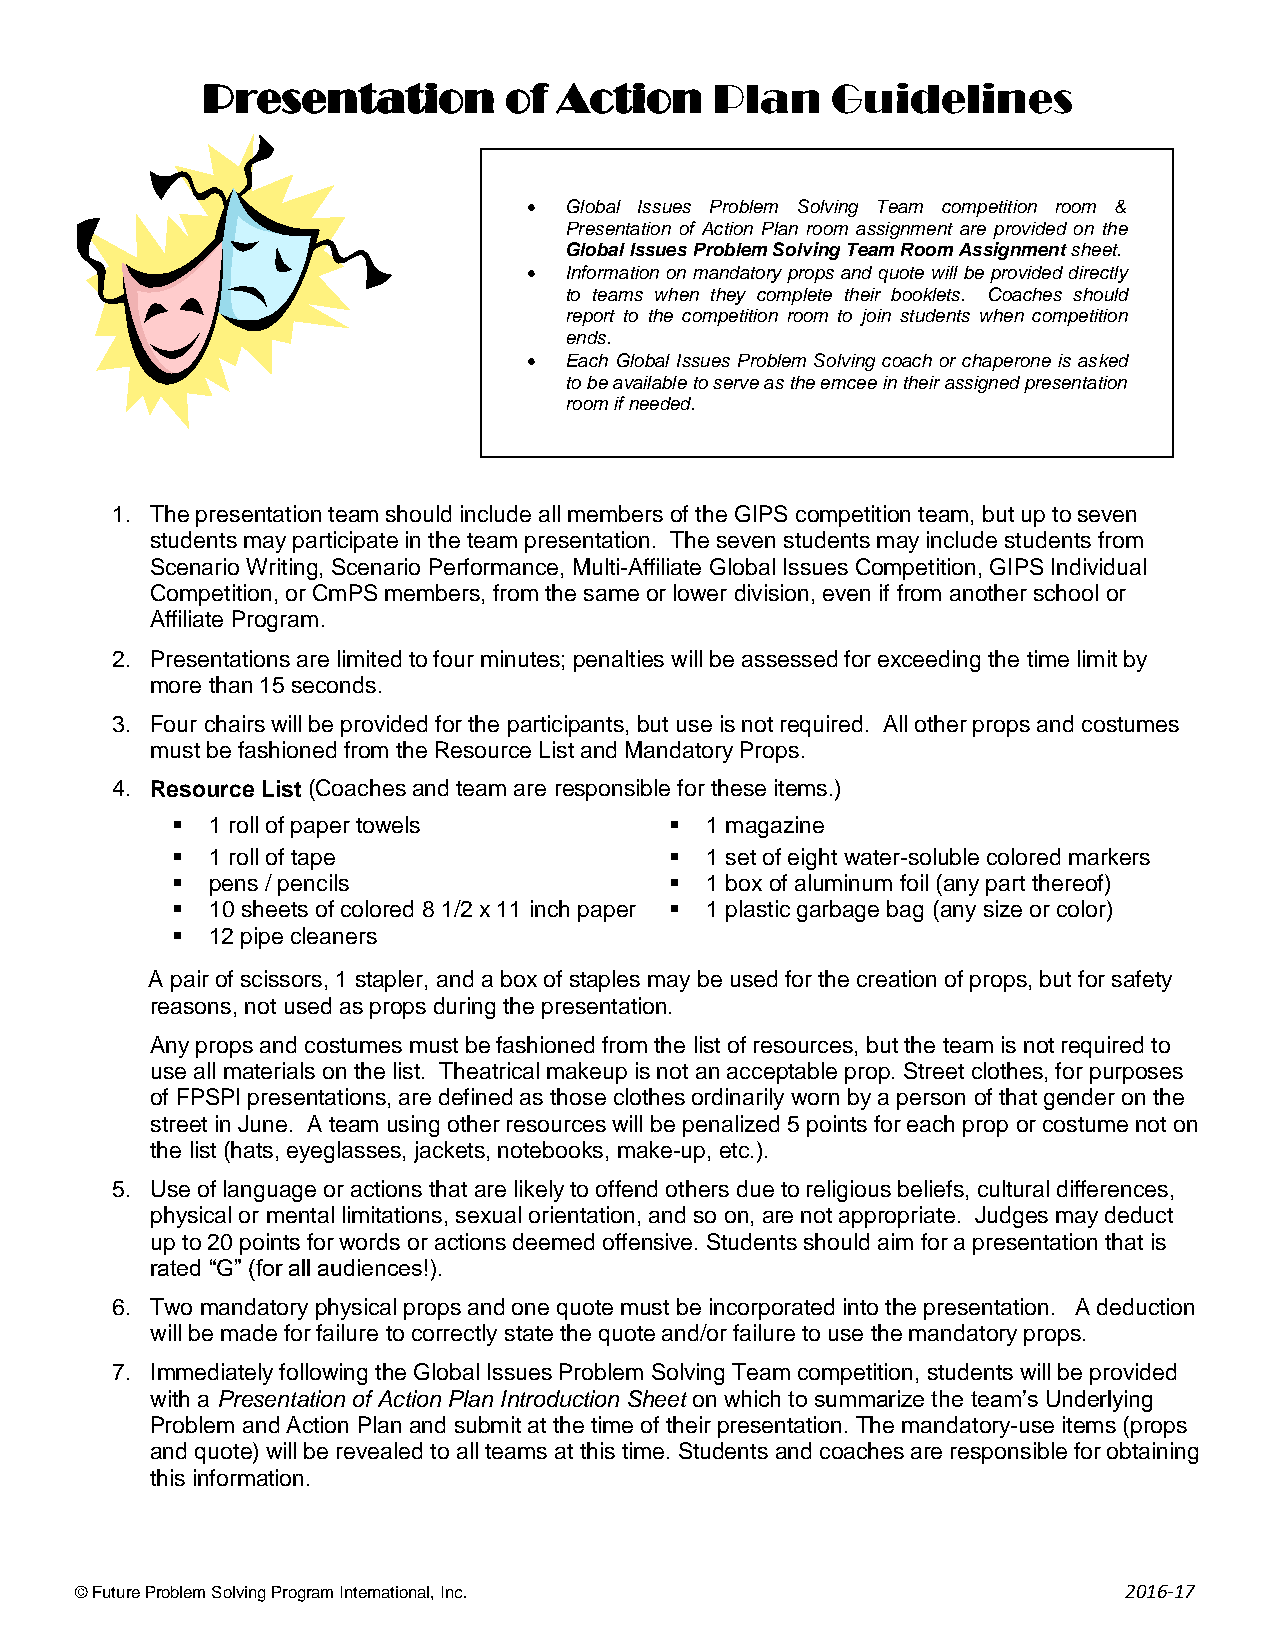
Presentation        of  Action    Plan    Guidelines
  Global Issues Problem Solving Team competition room &
 Presentation of Action Plan room assignment are provided on the
 Global Issues Problem Solving Team Room Assignment sheet.
  Information on mandatory props and quote will be provided directly
 to teams when they complete their booklets. Coaches should
 report to the competition room to join students when competition
 ends.
  Each Global Issues Problem Solving coach or chaperone is asked
 to be available to serve as the emcee in their assigned presentation
 room if needed.
 1. The presentation team should include all members of the GIPS competition team, but up to seven
 students may participate in the team presentation. The seven students may include students from
 Scenario Writing, Scenario Performance, Multi-Affiliate Global Issues Competition, GIPS Individual
 Competition, or CmPS members, from the same or lower division, even if from another school or
 Affiliate Program.
 2. Presentations are limited to four minutes; penalties will be assessed for exceeding the time limit by
 more than 15 seconds.
 3. Four chairs will be provided for the participants, but use is not required. All other props and costumes
 must be fashioned from the Resource List and Mandatory Props.
 4. Resource List (Coaches and team are responsible for these items.)
   1 roll of paper towels          1 magazine
   1 roll of tape                  1 set of eight water-soluble colored markers
   pens / pencils                  1 box of aluminum foil (any part thereof)
   10 sheets of colored 8 1/2 x 11 inch paper  1 plastic garbage bag (any size or color)
   12 pipe cleaners
 A pair of scissors, 1 stapler, and a box of staples may be used for the creation of props, but for safety
 reasons, not used as props during the presentation.
 Any props and costumes must be fashioned from the list of resources, but the team is not required to
 use all materials on the list. Theatrical makeup is not an acceptable prop. Street clothes, for purposes
 of FPSPI presentations, are defined as those clothes ordinarily worn by a person of that gender on the
 street in June. A team using other resources will be penalized 5 points for each prop or costume not on
 the list (hats, eyeglasses, jackets, notebooks, make-up, etc.).
 5. Use of language or actions that are likely to offend others due to religious beliefs, cultural differences,
 physical or mental limitations, sexual orientation, and so on, are not appropriate. Judges may deduct
 up to 20 points for words or actions deemed offensive. Students should aim for a presentation that is
 rated “G” (for all audiences!).
 6. Two mandatory physical props and one quote must be incorporated into the presentation. A deduction
 will be made for failure to correctly state the quote and/or failure to use the mandatory props.
 7. Immediately following the Global Issues Problem Solving Team competition, students will be provided
 with a Presentation of Action Plan Introduction Sheet on which to summarize the team’s Underlying
 Problem and Action Plan and submit at the time of their presentation. The mandatory-use items (props
 and quote) will be revealed to all teams at this time. Students and coaches are responsible for obtaining
 this information.
 © Future Problem Solving Program International, Inc.                 2016-17